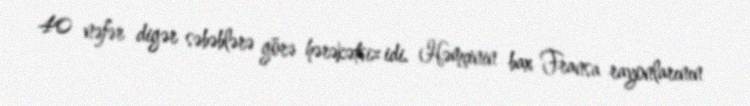
40 nəfər digər səbəblərə görə hərəkətsiz idi. Həmçinin bax Fransa rayonlarının